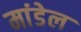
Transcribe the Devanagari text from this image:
मांडेल